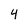
Character: 4